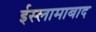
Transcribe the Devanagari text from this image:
ईस्लामाबाद